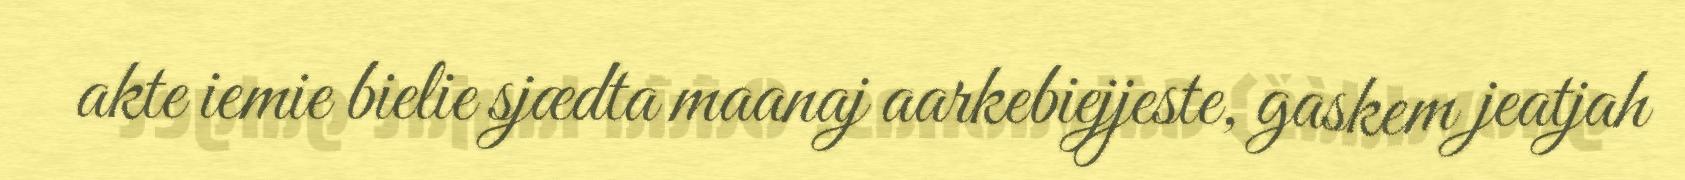
akte iemie bielie sjædta maanaj aarkebiejjeste, gaskem jeatjah